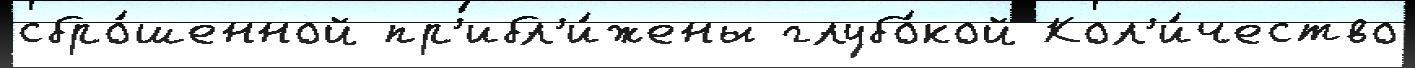
сбро́шенной пр'ибл'и́жены глубо́кой Кол'и́чество